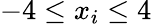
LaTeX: -4\leq x_{i}\leq 4